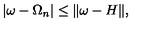
| \omega - \Omega _ { n } | \leq \| \omega - H \| ,